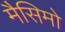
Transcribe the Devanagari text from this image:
मैसिमो